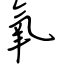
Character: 氧